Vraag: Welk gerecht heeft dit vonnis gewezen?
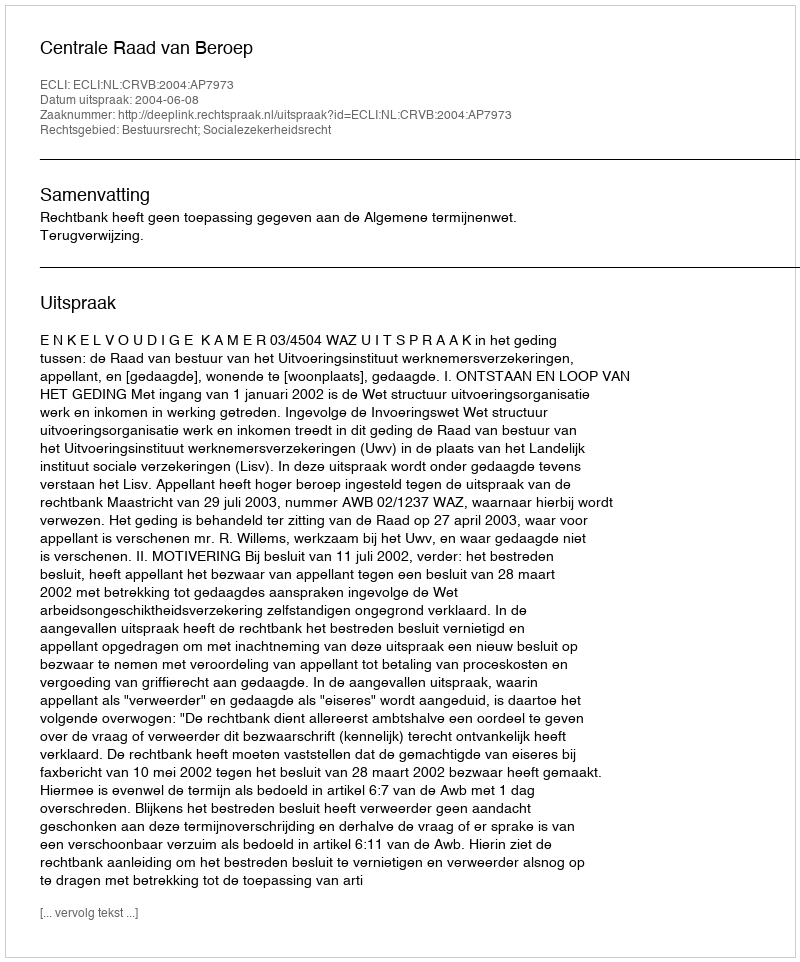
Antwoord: Centrale Raad van Beroep